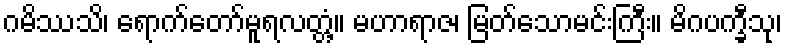
ဂမိဿသိ၊ ရောက်တော်မူရလတ္တံ့။ မဟာရာဇ၊ မြတ်သောမင်းကြီး။ မိဂပက္ခီသု၊